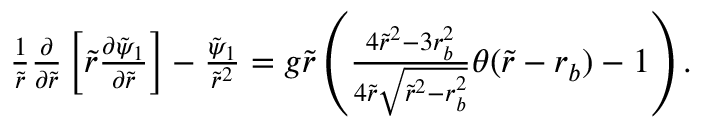
\begin{array} { r } { \frac { 1 } { \tilde { r } } \frac { \partial } { \partial \tilde { r } } \left[ \tilde { r } \frac { \partial \tilde { \psi } _ { 1 } } { \partial \tilde { r } } \right] - \frac { \tilde { \psi } _ { 1 } } { \tilde { r } ^ { 2 } } = g \tilde { r } \left( \frac { 4 \tilde { r } ^ { 2 } - 3 r _ { b } ^ { 2 } } { 4 \tilde { r } \sqrt { \tilde { r } ^ { 2 } - r _ { b } ^ { 2 } } } \theta ( \tilde { r } - r _ { b } ) - 1 \right) . } \end{array}